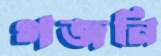
গজনি